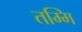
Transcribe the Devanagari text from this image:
तम्मि